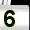
Digit: 5